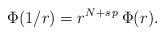
LaTeX: \begin{align*}\Phi(1/r)=r^{N+s\,p}\,\Phi(r).\end{align*}